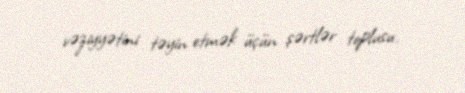
vəziyyətini təyin etmək üçün şərtlər toplusu.